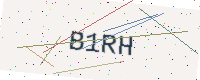
Text: B1RH